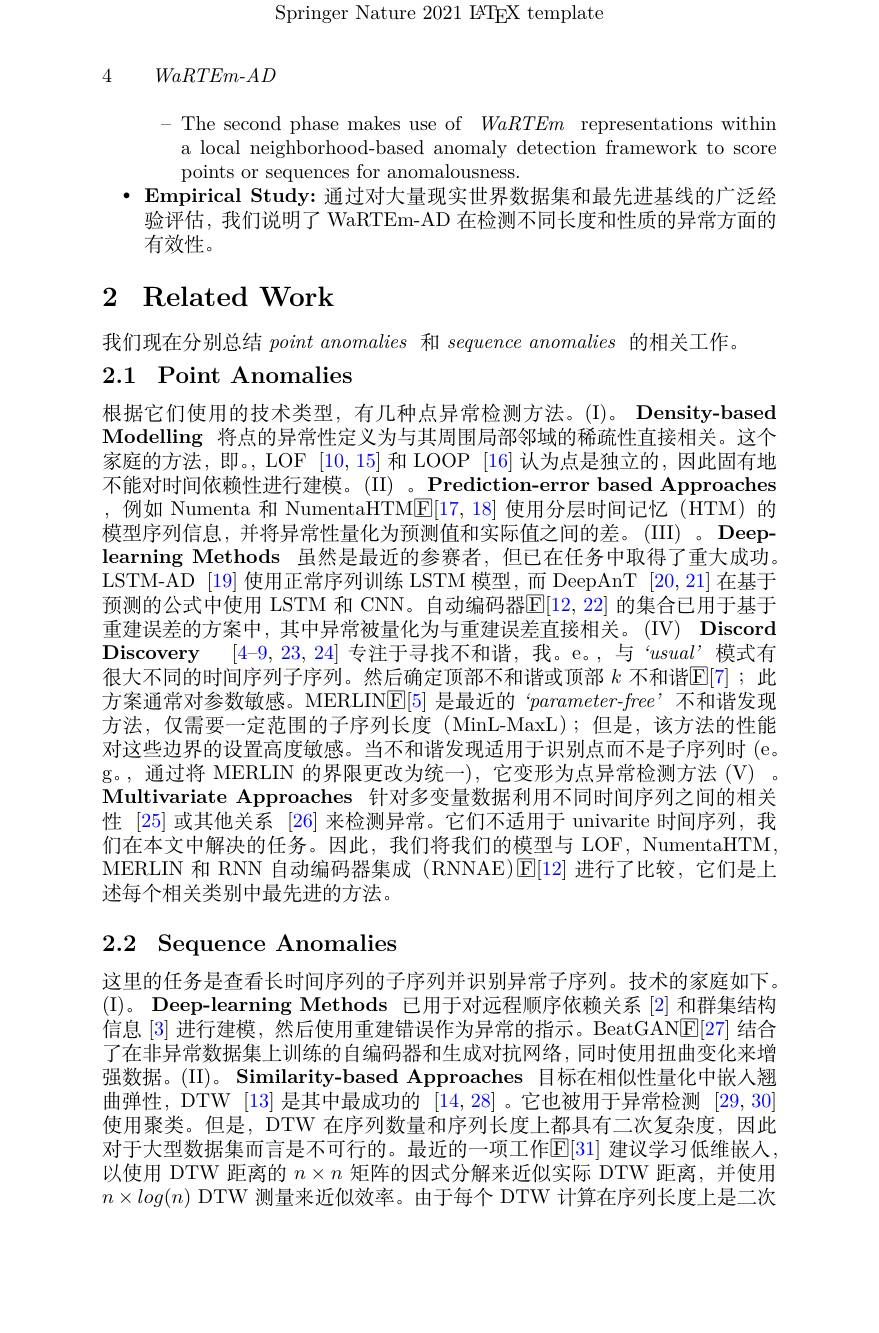
Springer Nature 2021 IATEX template

4

$WaRTEm-AD$

- The second phase makes use of WaRTEm representations within
a local neighborhood-based anomaly detection framework to score
points or sequences for anomalousness.
· Empirical Study: 通过对大量现实世界数据集和最先进基线的广泛经
验评估，我们说明了 WaRTEm-AD 在检测不同长度和性质的异常方面的
有效性。

# 2 Related Work

我们现在分别总结pointanomalies和sequence anomalies 的相关工作。
2.1 Point Anomalies

根据它们使用的技术类型，有几种点异常检测方法。(I)。Density-based Modelling 将点的异常性定义为与其周围局部邻域的稀疏性直接相关。这个家庭的方法，即。, LOF [10,15] 和 LOOP [16] 认为点是独立的，因此固有地不能对时间依赖性进行建模。(II) 。Prediction-error based Approaches ,例如 Numenta 和 NumentaHTM$\underline{\mathrm{E}}[17,18]$使用分层时间记忆(HTM)的模型序列信息，并将异常性量化为预测值和实际值之间的差。(III)。Deeplearning Methods 虽然是最近的参赛者，但已在任务中取得了重大成功。LSTM-AD [19] 使用正常序列训练 LSTM 模型，而 DeepAnT [20,21] 在基于预测的公式中使用 LSTM 和 CNN。自动编码器$\boxed{\mathbb{E}[12,22]}$ 的集合已用于基于重建误差的方案中，其中异常被量化为与重建误差直接相关。(IV) Discord $\textbf{Discovery}$ [4-9,23,24] 专注于寻找不和谐，我。e。,与“$usual’$模式有很大不同的时间序列子序列。然后确定顶部不和谐或顶部 $k$ 不和谐$\mathbb{E}[7]$ ;此方案通常对参数敏感。MERLIN$\underline{\mathrm{E}}[5]$是最近的 ‘parameter-free’不和谐发现方法，仅需要一定范围的子序列长度(MinL-MaxL);但是，该方法的性能对这些边界的设置高度敏感。当不和谐发现适用于识别点而不是子序列时 (e。g。,通过将 MERLIN 的界限更改为统一),它变形为点异常检测方法(V)。Multivariate Approaches 针对多变量数据利用不同时间序列之间的相关性[25]或其他关系 [26] 来检测异常。它们不适用于 univarite 时间序列，我们在本文中解决的任务。因此，我们将我们的模型与 LOF, NumentaHTM, MERLIN 和 RNN 自动编码器集成 (RNNAE)$\operatorname{E}[12]$进行了比较，它们是上述每个相关类别中最先进的方法。

# 2.2 Sequence Anomalies

这里的任务是查看长时间序列的子序列并识别异常子序列。技术的家庭如下。(I)。Deep-learning Methods 已用于对远程顺序依赖关系 [2] 和群集结构信息 [3] 进行建模，然后使用重建错误作为异常的指示。BeatGAN$\underline{\mathbb{E}}[27]$结合了在非异常数据集上训练的自编码器和生成对抗网络，同时使用扭曲变化来增强数据。(II)。Similarity-based Approaches 目标在相似性量化中嵌入翘曲弹性，DTW [13]是其中最成功的[14,28] 。它也被用于异常检测[29,30] 使用聚类。但是，DTW 在序列数量和序列长度上都具有二次复杂度，因此对于大型数据集而言是不可行的。最近的一项工作$\mathbb{E}[31]$ 建议学习低维嵌入， 以使用 DTW 距离的$n\times n$矩阵的因式分解来近似实际 DTW 距离，并使用$n\times log(n)$ DTW 测量来近似效率。由于每个 DTW 计算在序列长度上是二次